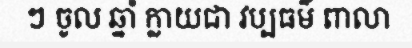
ៗ ចូល ឆ្នាំ ក្លាយជា វប្បធម៌ ពាលា